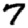
Digit: 7